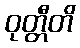
ဝုတ္တီတိ